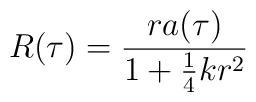
R(\tau) = \frac{ra(\tau)}{1 + \mbox{$\frac{1}{4}$}kr^2}